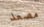
مصعد